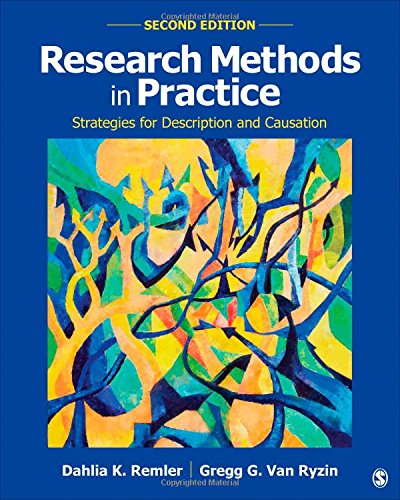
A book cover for Research Methods in Practice: Strategies for Description and Causation; Dahlia K. Remler; Politics & Social Sciences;